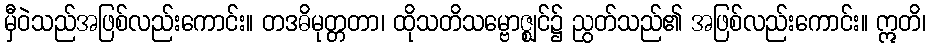
မှီဝဲသည်အဖြစ်လည်းကောင်း။ တဒဓိမုတ္တတာ၊ ထိုသတိသမ္ဗောဇ္ဈင်၌ ညွတ်သည်၏ အဖြစ်လည်းကောင်း။ ဣတိ၊